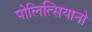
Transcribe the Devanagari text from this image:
पोलित्सियानो